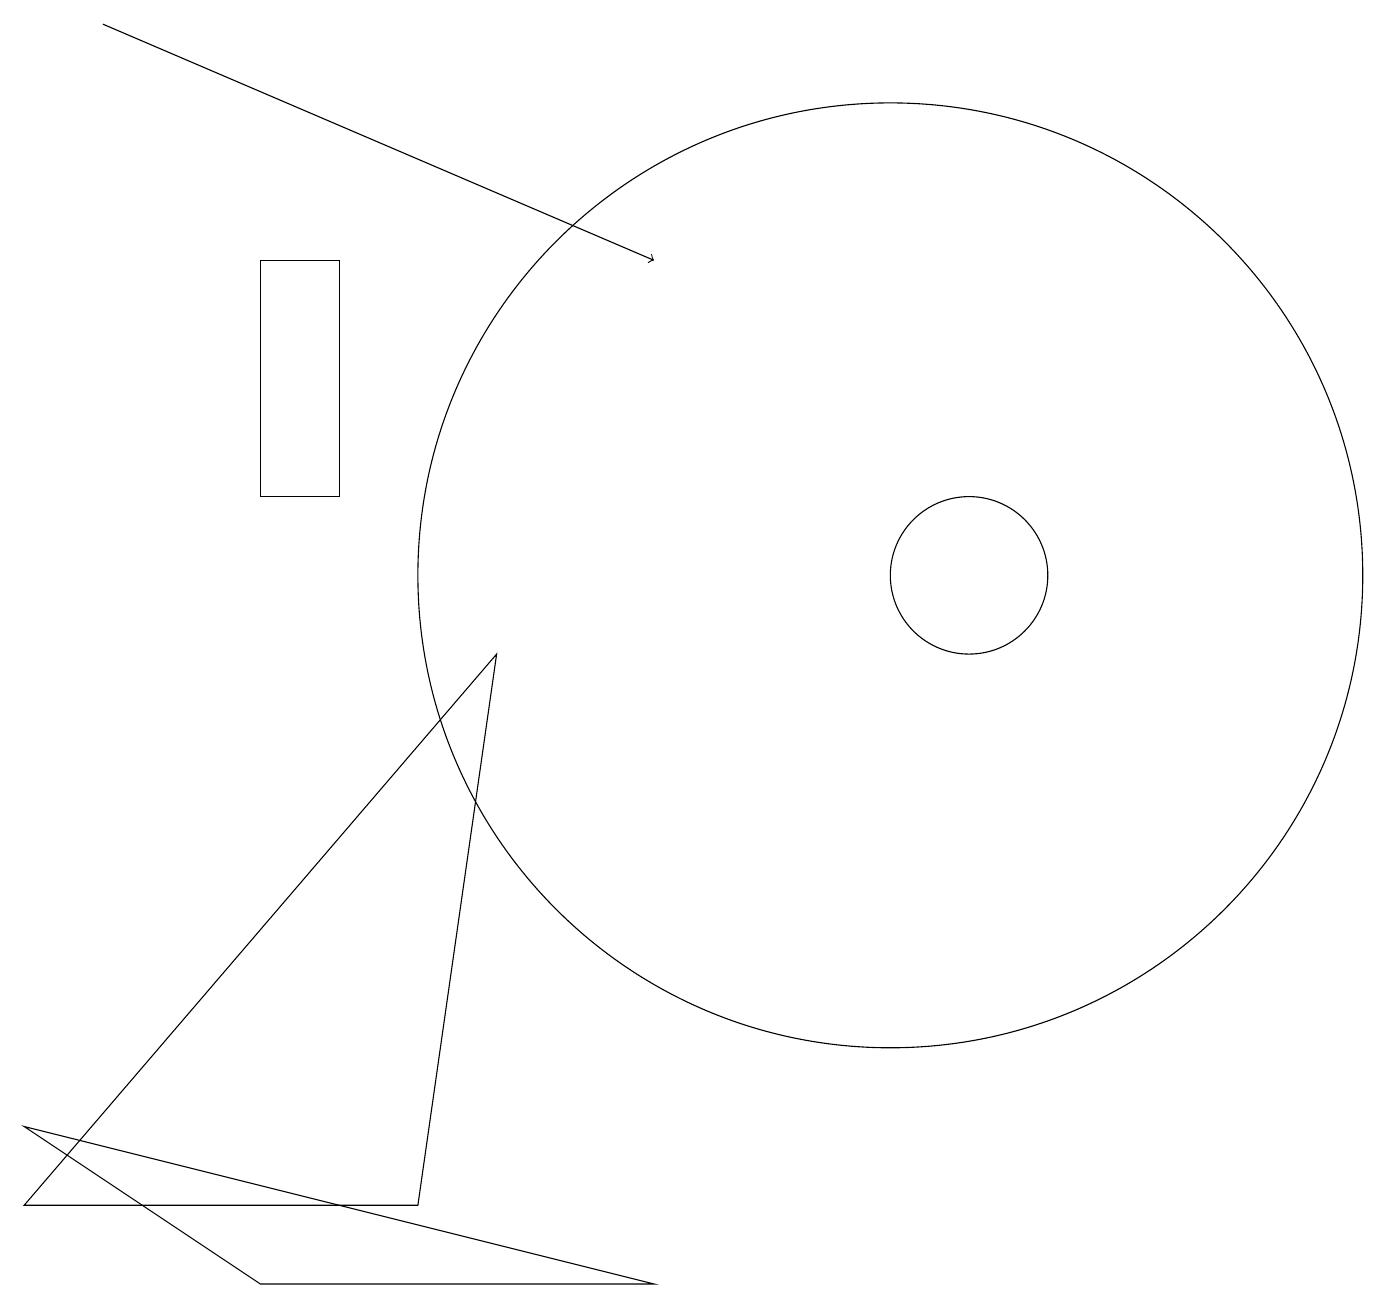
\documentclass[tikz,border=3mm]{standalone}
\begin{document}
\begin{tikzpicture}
\draw[->] (1,17) -- (8,14);
\draw (4,11) rectangle (3,14);
\draw (8,1) -- (0,3) -- (3,1) -- cycle;
\draw (12,10) circle (1);
\draw (11,10) circle (6);
\draw (5,2) -- (6,9) -- (0,2) -- cycle;
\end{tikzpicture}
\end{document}